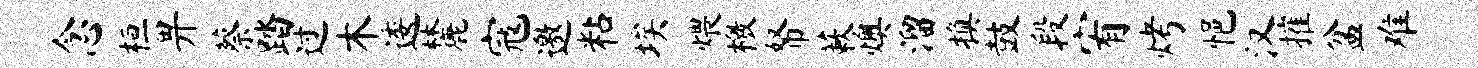
念桓畀蔡踏过木逶麓寇邀粘埃煨檄帑蔌燠溜换鼓段宥烤悒汉摧盆难